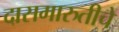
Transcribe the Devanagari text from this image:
दासमारुतीचे